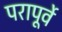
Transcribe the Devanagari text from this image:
परापूर्वे